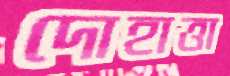
দোহাত্তা